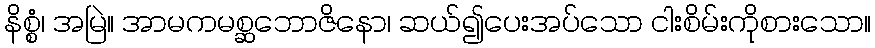
နိစ္စံ၊ အမြဲ။ အာမကမစ္ဆဘောဇိနော၊ ဆယ်၍ပေးအပ်သော ငါးစိမ်းကိုစားသော။